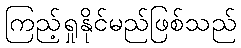
ကြည့်ရှုနိုင်မည်ဖြစ်သည်